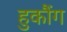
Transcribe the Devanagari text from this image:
हुकौंग